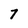
Character: 7